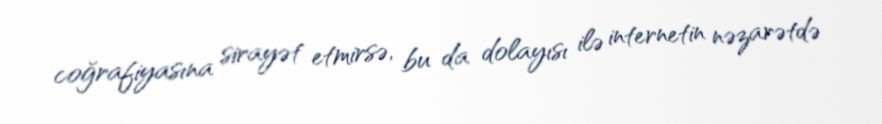
coğrafiyasına sirayət etmirsə, bu da dolayısı ilə internetin nəzarətdə